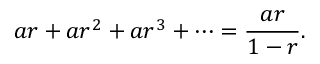
a r + a r ^ { 2 } + a r ^ { 3 } + \cdots = { \frac { a r } { 1 - r } } .